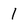
Character: 1